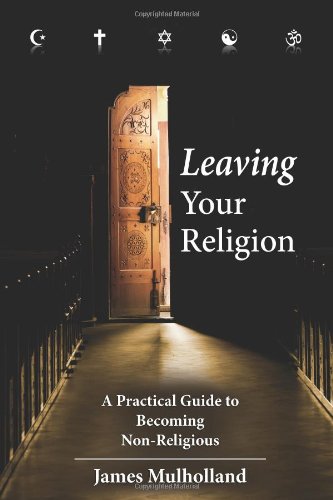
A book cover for Leaving Your Religion: A Practical Guide To Becoming Non-Religious; James Mulholland; Religion & Spirituality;